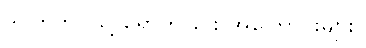
ဒုဂ္ဂတိဘဝသို့ ရောက်ခြင်း အကြောင်းများ။